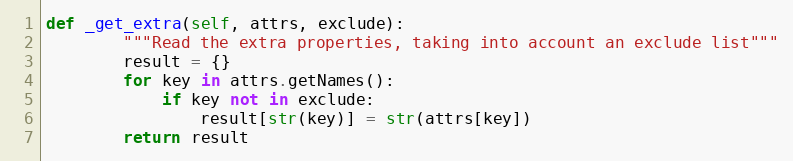
Language: Python
def _get_extra(self, attrs, exclude):
        """Read the extra properties, taking into account an exclude list"""
        result = {}
        for key in attrs.getNames():
            if key not in exclude:
                result[str(key)] = str(attrs[key])
        return result